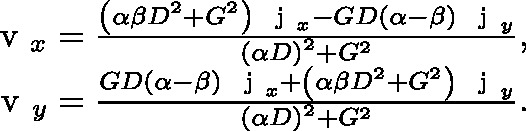
\begin{array} { r } { \mathrm { ~ \boldmath ~ v ~ } _ { x } = \frac { \left( \alpha \beta D ^ { 2 } + G ^ { 2 } \right) \mathrm { ~ \boldmath ~ j ~ } _ { x } - G D \left( \alpha - \beta \right) \mathrm { ~ \boldmath ~ j ~ } _ { y } } { \left( \alpha D \right) ^ { 2 } + G ^ { 2 } } , } \\ { \mathrm { ~ \boldmath ~ v ~ } _ { y } = \frac { G D \left( \alpha - \beta \right) \mathrm { ~ \boldmath ~ j ~ } _ { x } + \left( \alpha \beta D ^ { 2 } + G ^ { 2 } \right) \mathrm { ~ \boldmath ~ j ~ } _ { y } } { \left( \alpha D \right) ^ { 2 } + G ^ { 2 } } . } \end{array}